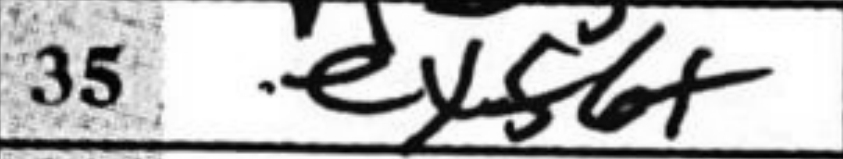
Transcription: ex56+